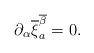
\begin{align*}\partial_{\alpha}\overline{\xi}^{\overline{\beta}}_a = 0 .\end{align*}